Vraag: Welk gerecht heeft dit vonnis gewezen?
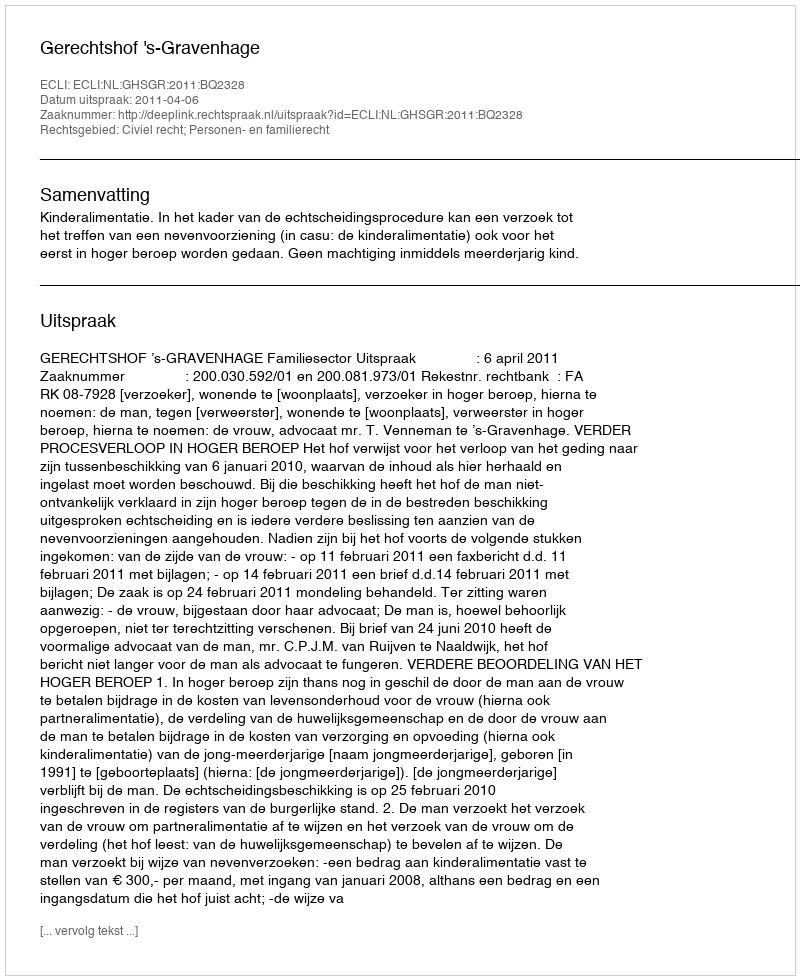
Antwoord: Gerechtshof 's-Gravenhage